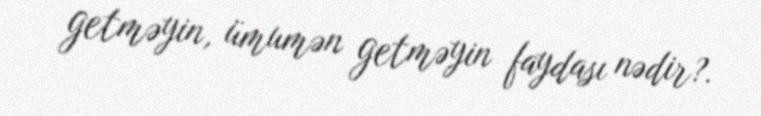
getməyin, ümumən getməyin faydası nədir?.